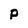
Character: p